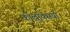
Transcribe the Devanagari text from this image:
कोलुक्सियो